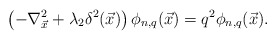
\begin{align*}\left(-\nabla_{\vec{x}}^2 + \lambda_2 \delta^2({\vec{x}})\right)\phi_{n,q}({\vec x}) = q^2 \phi_{n,q}({\vec x}).\end{align*}